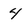
Character: 4